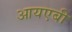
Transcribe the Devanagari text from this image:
आयएबी